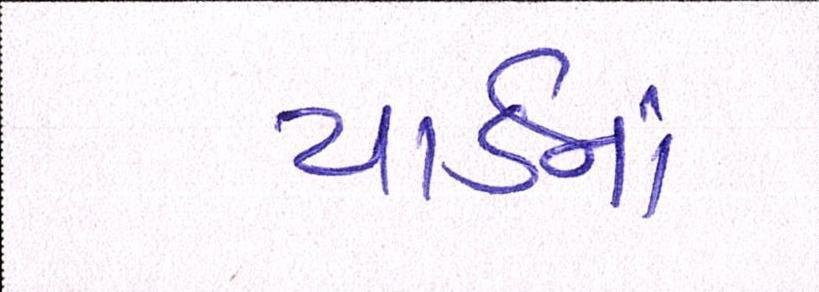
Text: યાર્ડનાં